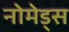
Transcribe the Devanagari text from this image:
नोमेड्स